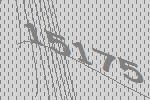
15175